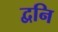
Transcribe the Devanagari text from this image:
द्वनि